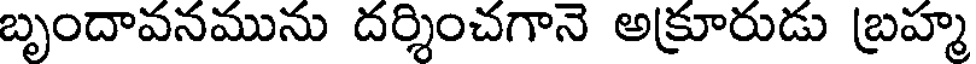
బృందావనమును దర్శించగానె అక్రూరుడు బ్రహ్మ